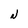
Character: N